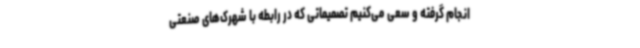
انجام گرفته و سعی‌ می‌کنیم تصمیماتی که در رابطه با شهرک‌های صنعتی